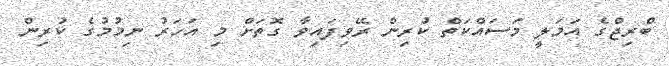
ބްރިޖްގެ އަމަލީ މަސައްކަތް ކުރިން ރޭވިފައިވާ ގޮތަށް މި އަހަރު ނިމުމުގެ ކުރިން